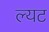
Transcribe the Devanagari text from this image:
ल्यट